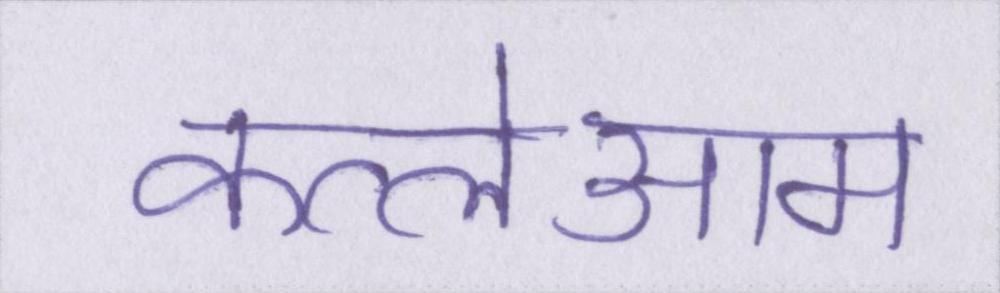
कत्लेआम